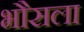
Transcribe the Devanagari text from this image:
भौसला